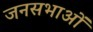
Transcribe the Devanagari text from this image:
जनसभाआें